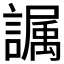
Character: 𫍏